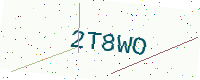
Text: 2T8WO